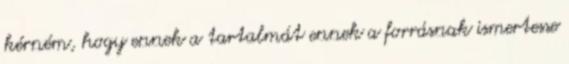
kérném, hogy ennek a tartalmát ennek a forrásnak ismertesse